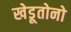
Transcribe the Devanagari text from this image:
खेडूतोनो